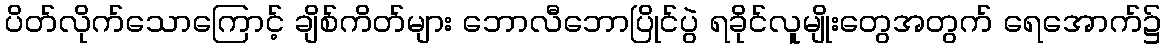
ပိတ်လိုက်သောကြောင့် ချိစ်ကိတ်များ ဘောလီဘောပြိုင်ပွဲ ရခိုင်လူမျိုးတွေအတွက် ရေအောက်၌